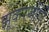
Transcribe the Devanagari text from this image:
झूकरजोगी